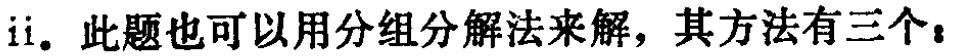
ii. 此题也可以用分组分解法来解，其方法有三个：